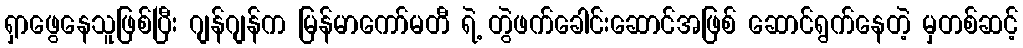
ရှာဖွေနေသူဖြစ်ပြီး ဂျန်ဂျန်က မြန်မာကော်မတီ ရဲ့ တွဲဖက်ခေါင်းဆောင်အဖြစ် ဆောင်ရွက်နေတဲ့ မှတစ်ဆင့်